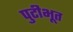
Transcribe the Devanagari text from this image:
पुटीभूत